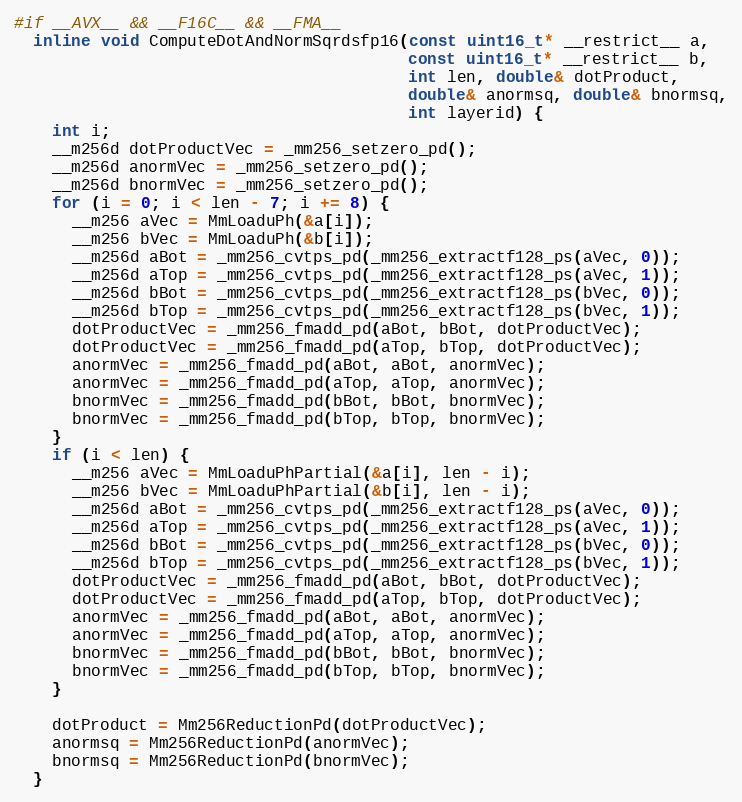
Language: C
#if __AVX__ && __F16C__ && __FMA__
  inline void ComputeDotAndNormSqrdsfp16(const uint16_t* __restrict__ a,
                                         const uint16_t* __restrict__ b,
                                         int len, double& dotProduct,
                                         double& anormsq, double& bnormsq,
                                         int layerid) {
    int i;
    __m256d dotProductVec = _mm256_setzero_pd();
    __m256d anormVec = _mm256_setzero_pd();
    __m256d bnormVec = _mm256_setzero_pd();
    for (i = 0; i < len - 7; i += 8) {
      __m256 aVec = MmLoaduPh(&a[i]);
      __m256 bVec = MmLoaduPh(&b[i]);
      __m256d aBot = _mm256_cvtps_pd(_mm256_extractf128_ps(aVec, 0));
      __m256d aTop = _mm256_cvtps_pd(_mm256_extractf128_ps(aVec, 1));
      __m256d bBot = _mm256_cvtps_pd(_mm256_extractf128_ps(bVec, 0));
      __m256d bTop = _mm256_cvtps_pd(_mm256_extractf128_ps(bVec, 1));
      dotProductVec = _mm256_fmadd_pd(aBot, bBot, dotProductVec);
      dotProductVec = _mm256_fmadd_pd(aTop, bTop, dotProductVec);
      anormVec = _mm256_fmadd_pd(aBot, aBot, anormVec);
      anormVec = _mm256_fmadd_pd(aTop, aTop, anormVec);
      bnormVec = _mm256_fmadd_pd(bBot, bBot, bnormVec);
      bnormVec = _mm256_fmadd_pd(bTop, bTop, bnormVec);
    }
    if (i < len) {
      __m256 aVec = MmLoaduPhPartial(&a[i], len - i);
      __m256 bVec = MmLoaduPhPartial(&b[i], len - i);
      __m256d aBot = _mm256_cvtps_pd(_mm256_extractf128_ps(aVec, 0));
      __m256d aTop = _mm256_cvtps_pd(_mm256_extractf128_ps(aVec, 1));
      __m256d bBot = _mm256_cvtps_pd(_mm256_extractf128_ps(bVec, 0));
      __m256d bTop = _mm256_cvtps_pd(_mm256_extractf128_ps(bVec, 1));
      dotProductVec = _mm256_fmadd_pd(aBot, bBot, dotProductVec);
      dotProductVec = _mm256_fmadd_pd(aTop, bTop, dotProductVec);
      anormVec = _mm256_fmadd_pd(aBot, aBot, anormVec);
      anormVec = _mm256_fmadd_pd(aTop, aTop, anormVec);
      bnormVec = _mm256_fmadd_pd(bBot, bBot, bnormVec);
      bnormVec = _mm256_fmadd_pd(bTop, bTop, bnormVec);
    }

    dotProduct = Mm256ReductionPd(dotProductVec);
    anormsq = Mm256ReductionPd(anormVec);
    bnormsq = Mm256ReductionPd(bnormVec);
  }